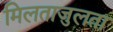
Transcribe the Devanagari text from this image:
मिलताजुलता